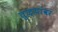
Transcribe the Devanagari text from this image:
तुळ्यांवर